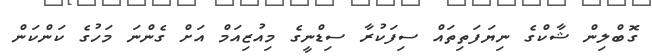
ގޮބްލިން ޝާކްގެ ނިޔަފަތިތައް ސިފަކުރާ ސިޑްނީގެ މިއުޒިއަމް އަށް ގެންނަ މަހުގެ ކަންކަން